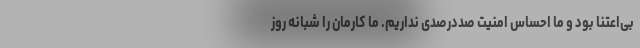
بی‌اعتنا بود و ما احساس امنیت صددرصدی نداریم. ما کارمان را شبانه روز